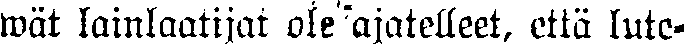
wät lainlaatijat ole ajatelleet, että lute-